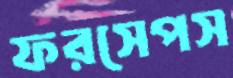
ফরসেপস